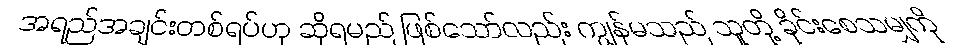
အရည်အချင်းတစ်ရပ်ဟု ဆိုရမည် ဖြစ်သော်လည်း ကျွန်မသည် သူတို့ ခိုင်းစေသမျှကို